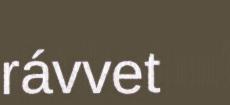
rávvet